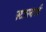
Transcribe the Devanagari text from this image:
स्टारबर्स्ट